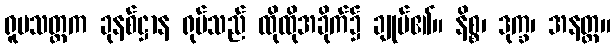
ရူပသတ္တက ခုနစ်ဋ္ဌာန ရုပ်သည် ထိုထိုအခိုက်၌ ချုပ်၏။ နိစ္စ၊ ဒုက္ခ၊ အနတ္တ။